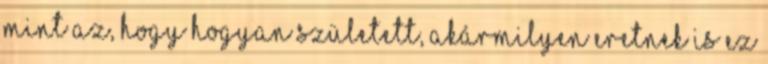
mint az, hogy hogyan született, akármilyen eretnek is ez